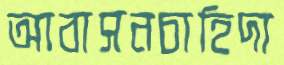
আবাসনচাহিদা